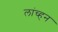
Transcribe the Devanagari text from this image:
लांच्हन